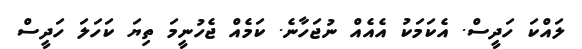
ލައްކަ ހަދީސް. އެކަމަކު އެއެއް ނުޖަހާނެ. ކަމެއް ޖެހުނީމަ ތިޔަ ކަހަލަ ހަދީސް